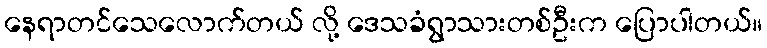
နေရာတင်သေလောက်တယ် လို့ ဒေသခံရွာသားတစ်ဦးက ပြောပါတယ်။